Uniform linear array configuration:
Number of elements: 48
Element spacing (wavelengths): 0.75
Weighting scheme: exponential
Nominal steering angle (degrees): -60
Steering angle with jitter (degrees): -61.051
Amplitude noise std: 0.05
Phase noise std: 0.05

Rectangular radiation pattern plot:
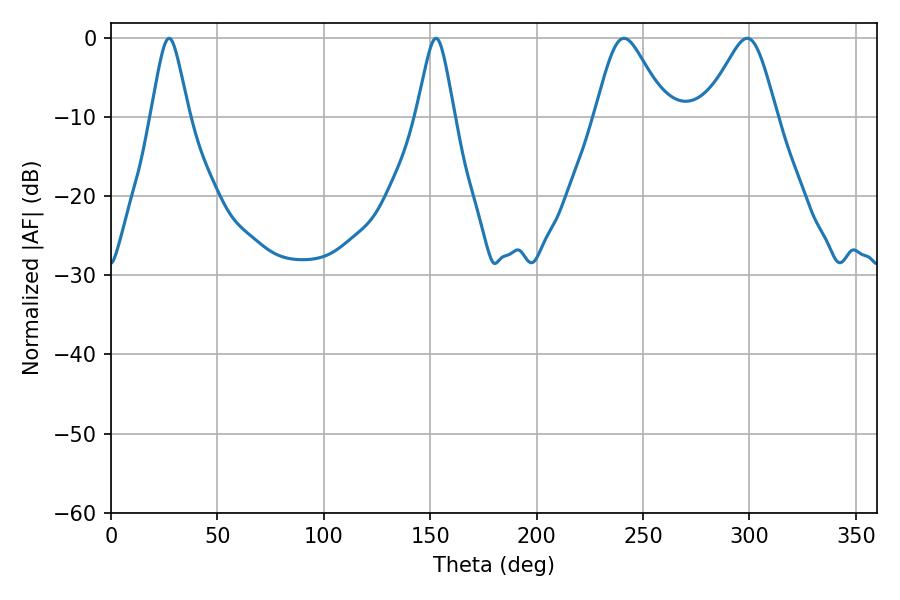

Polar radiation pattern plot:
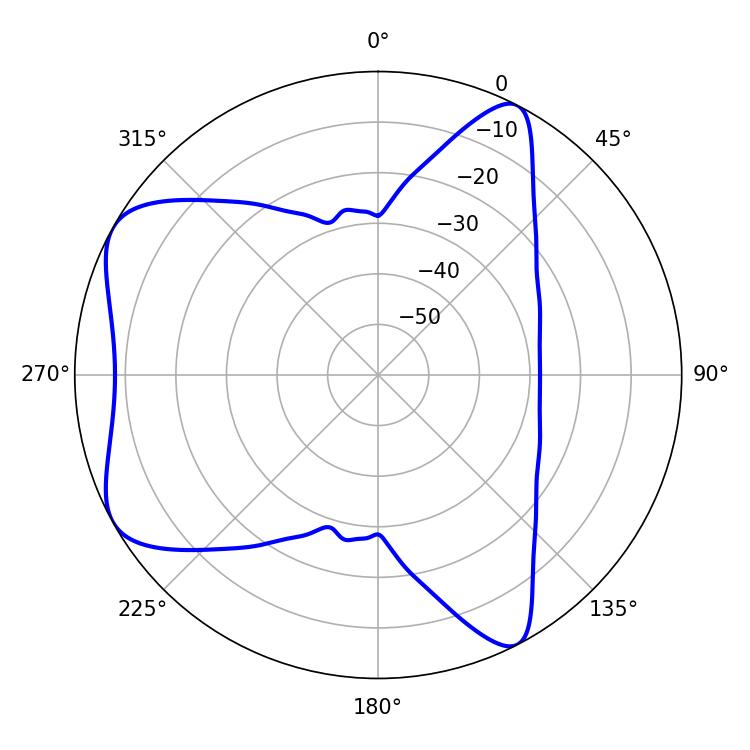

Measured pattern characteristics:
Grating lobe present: TRUE
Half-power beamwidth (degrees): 16.38
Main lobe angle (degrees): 241.02